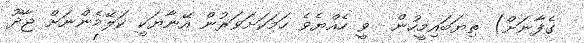
ގެފާނަށް) ތިޔަބައިމީހުން  ވީ ހެއްޔެވެ ހަމަކަށަވަރުން އޭނާޔަކީ ކަލޭމެންނަށް ޖާދޫ